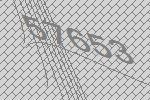
57653